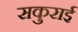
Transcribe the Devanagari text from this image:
सकुराई